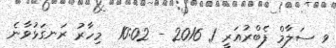
ވ ސަލާމް ފެބްރުއަރީ 1